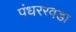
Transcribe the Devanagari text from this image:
पंधररवडा